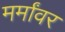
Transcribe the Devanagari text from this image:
मर्मांवर